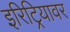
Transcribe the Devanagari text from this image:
इरिट्रियावर